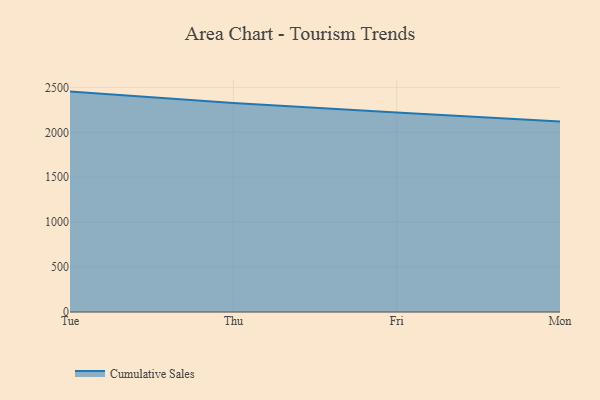
{"axis": {"x": "Day", "y": "Satisfaction Score"}, "legend": ["Cumulative Sales"], "data": [{"x": "Tue", "y": 2453.3, "type": "Cumulative Sales"}, {"x": "Thu", "y": 2327.3, "type": "Cumulative Sales"}, {"x": "Fri", "y": 2221.6, "type": "Cumulative Sales"}, {"x": "Mon", "y": 2121.0, "type": "Cumulative Sales"}]}